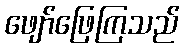
ဖျော်ဖြေကြသည်